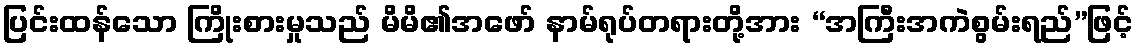
ပြင်းထန်သော ကြိုးစားမှုသည် မိမိ၏အဖော် နာမ်ရုပ်တရားတို့အား “အကြီးအကဲစွမ်းရည်”ဖြင့်